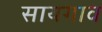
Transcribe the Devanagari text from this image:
सायगाव